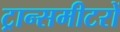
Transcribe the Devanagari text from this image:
ट्रान्समीटरों